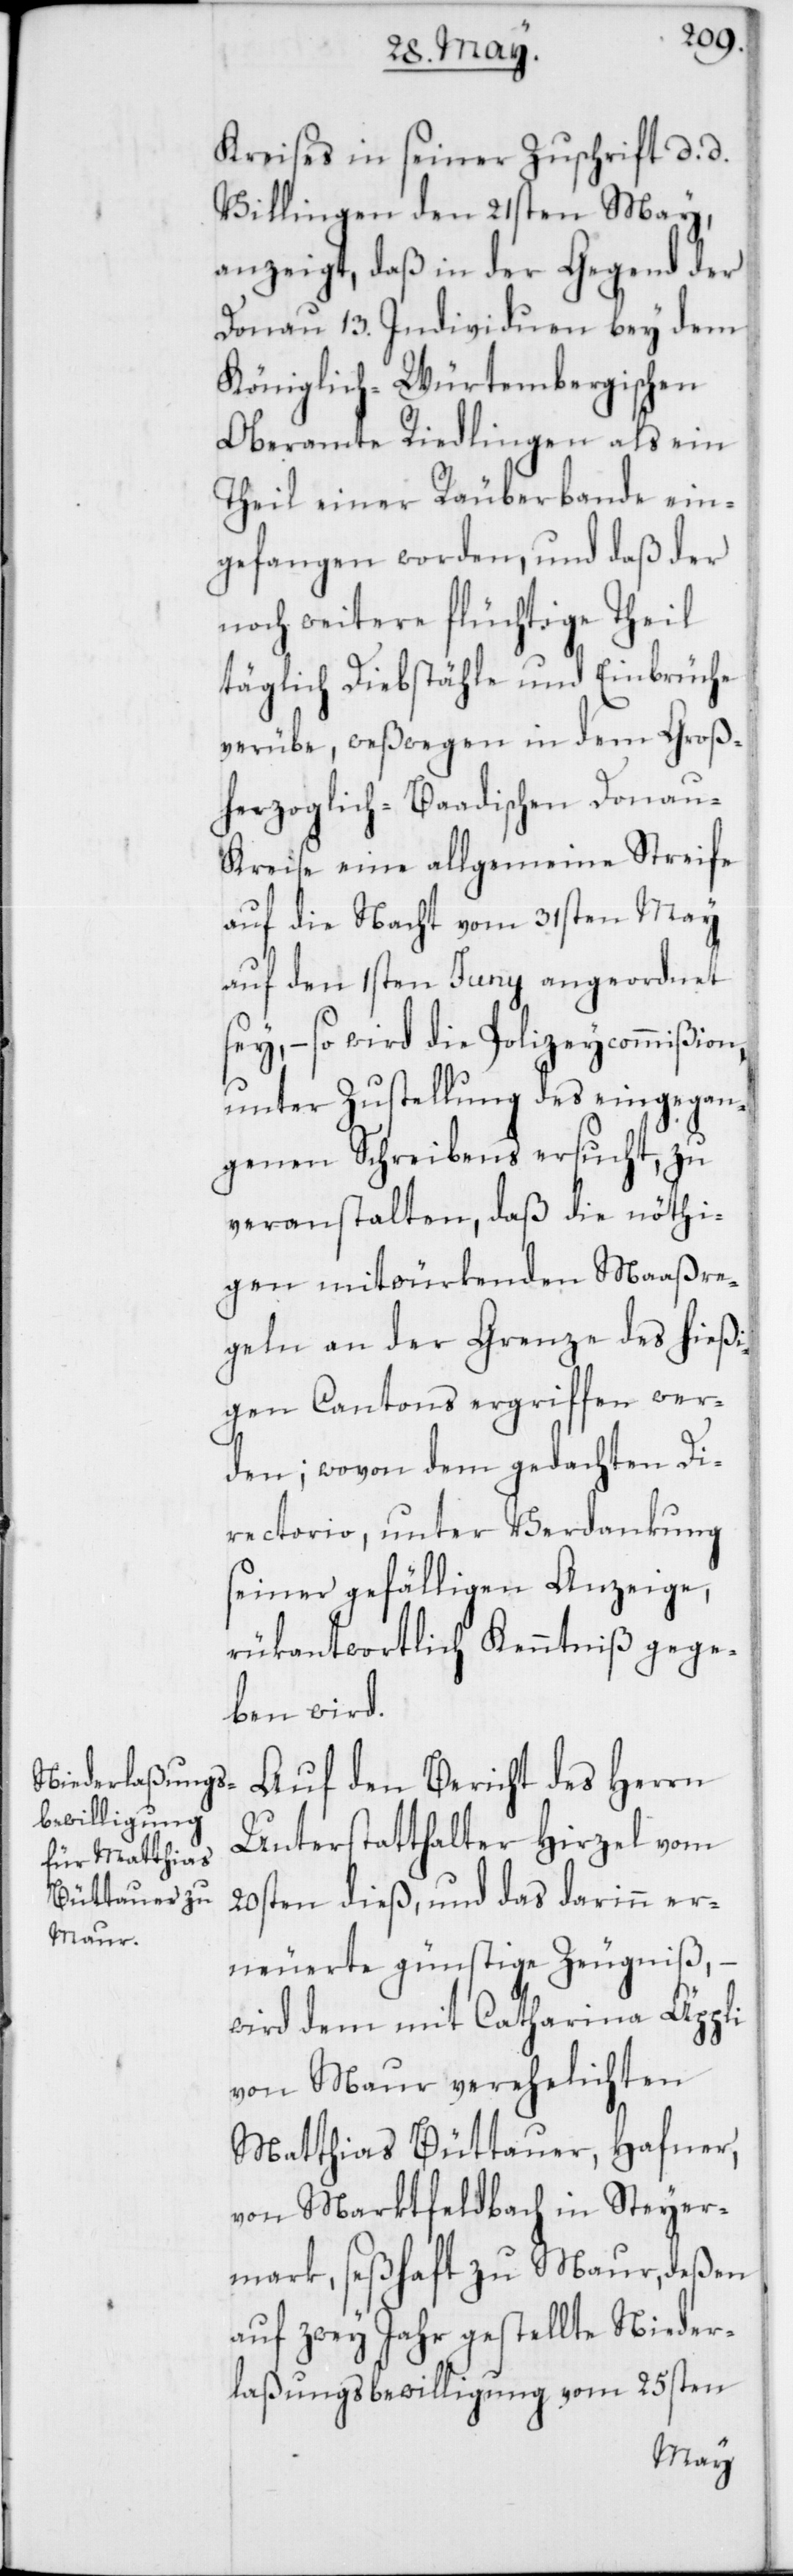
Kreises in seiner Zuschrift, d. d.
Villingen den 21sten May,
anzeigt, daß in der Gegend der
Donau 13. Individuen bey dem
Königlich-Würtembergischen
Oberamte Riedlingen als ein
Theil einer Räuberbande ein¬
gefangen worden, und daß der
noch weitere flüchtige Theil
täglich Diebstähle und Einbrüche
verübe, weßwegen in dem Groß¬
herzoglich-Baadischen Donau-K¬
reise eine allgemeine Streife
auf die Nacht vom 31sten May
auf den 1sten Juni angeordnet
sey, – so wird die Polizeycommißion,
unter Zustellung des eingegan¬
genen Schreibens ersucht, zu
veranstalten, daß die nöthi¬
gen mitwürkenden Maaßre¬
geln an der Grenze des hießi¬
gen Cantons ergriffen wer¬
den; wovon dem gedachten Di¬
rectorio, unter Verdankung
seiner gefälligen Anzeige,
rükantwortlich Kenntniß gege¬
ben wird.
Auf den Bericht des Herrn
Unterstatthalter Hirzel vom
20sten dieß, und das darinn er¬
neuerte günstige Zeugniß, –
wird dem mit Catharina Äppli
von Maur verehelichten
Matthias Büttauer, Hafner,
von Marktfeldbach in Steyer¬
mark, seßhaft zu Maur, deßen
auf zwey Jahr gestellte Nieder¬
laßungsbewilligung vom 25sten